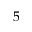
5